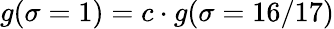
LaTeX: g(\sigma=1)=c\cdot g(\sigma=16/17)